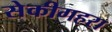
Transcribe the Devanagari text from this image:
सेकीगहरा